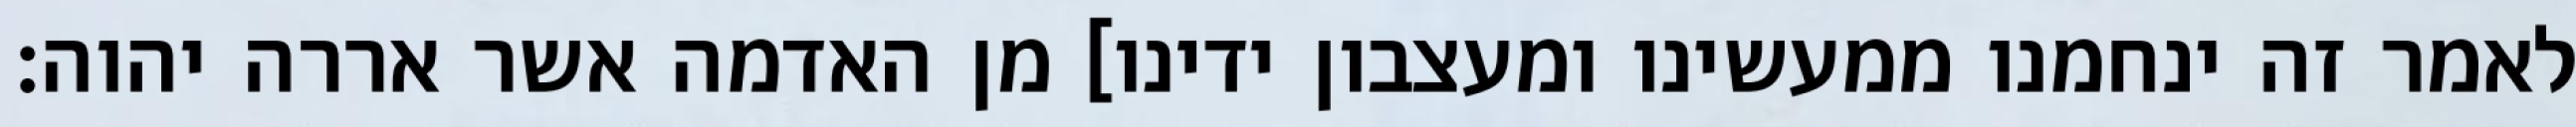
לאמר זה ינחמנו ממעשינו ומעצבון ידינו] מן האדמה אשר אררה יהוה׃